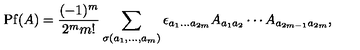
\mathrm { P f } ( A ) = \frac { ( - 1 ) ^ { m } } { 2 ^ { m } m ! } \sum _ { \sigma ( a _ { 1 } , \dots , a _ { m } ) } \epsilon _ { a _ { 1 } \dots a _ { 2 m } } A _ { a _ { 1 } a _ { 2 } } \cdots A _ { a _ { 2 m - 1 } a _ { 2 m } } ,